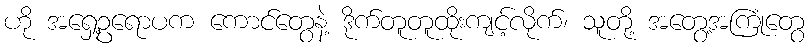
ဟို အရှေ့ဥရောပက ကောင်တွေနဲ့ ဒိုက်တူတူထိုးကျင့်လိုက်၊ သူတို့ အတွေ့အကြုံတွေ